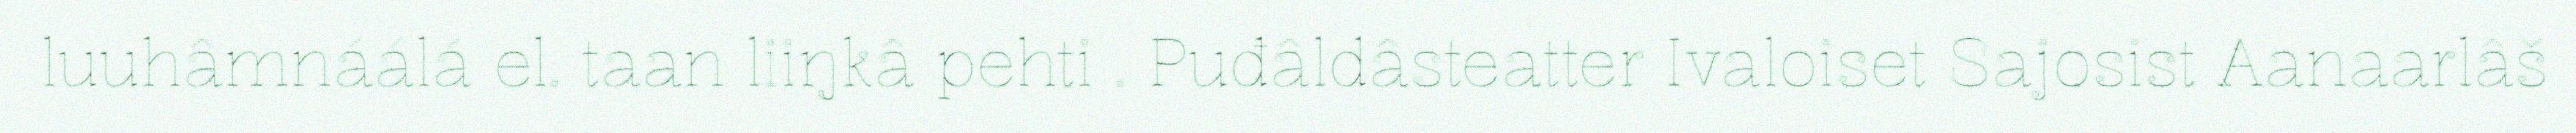
luuhâmnáálá el. taan liiŋkâ pehti . Puđâldâsteatter Ivaloiset Sajosist Aanaarlâš